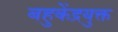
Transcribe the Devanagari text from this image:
बहुकेंद्रयुक्त